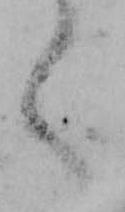
く